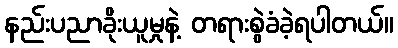
နည်းပညာခိုးယူမှုနဲ့ တရားစွဲခံခဲ့ရပါတယ်။